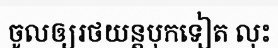
ចូលឲ្យរថយន្តបុកទៀត លុះ